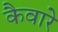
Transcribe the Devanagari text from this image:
कैवारे